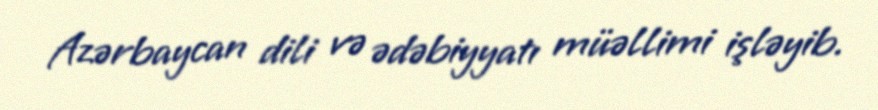
Azərbaycan dili və ədəbiyyatı müəllimi işləyib.